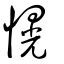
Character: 愰